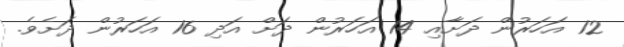
12 އަހަރުން ދަށާއި 14 އަހަރުން ދަށް އަދި 16 އަހަރުން ދަށެވެ.